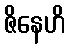
ဇိနေဟိ